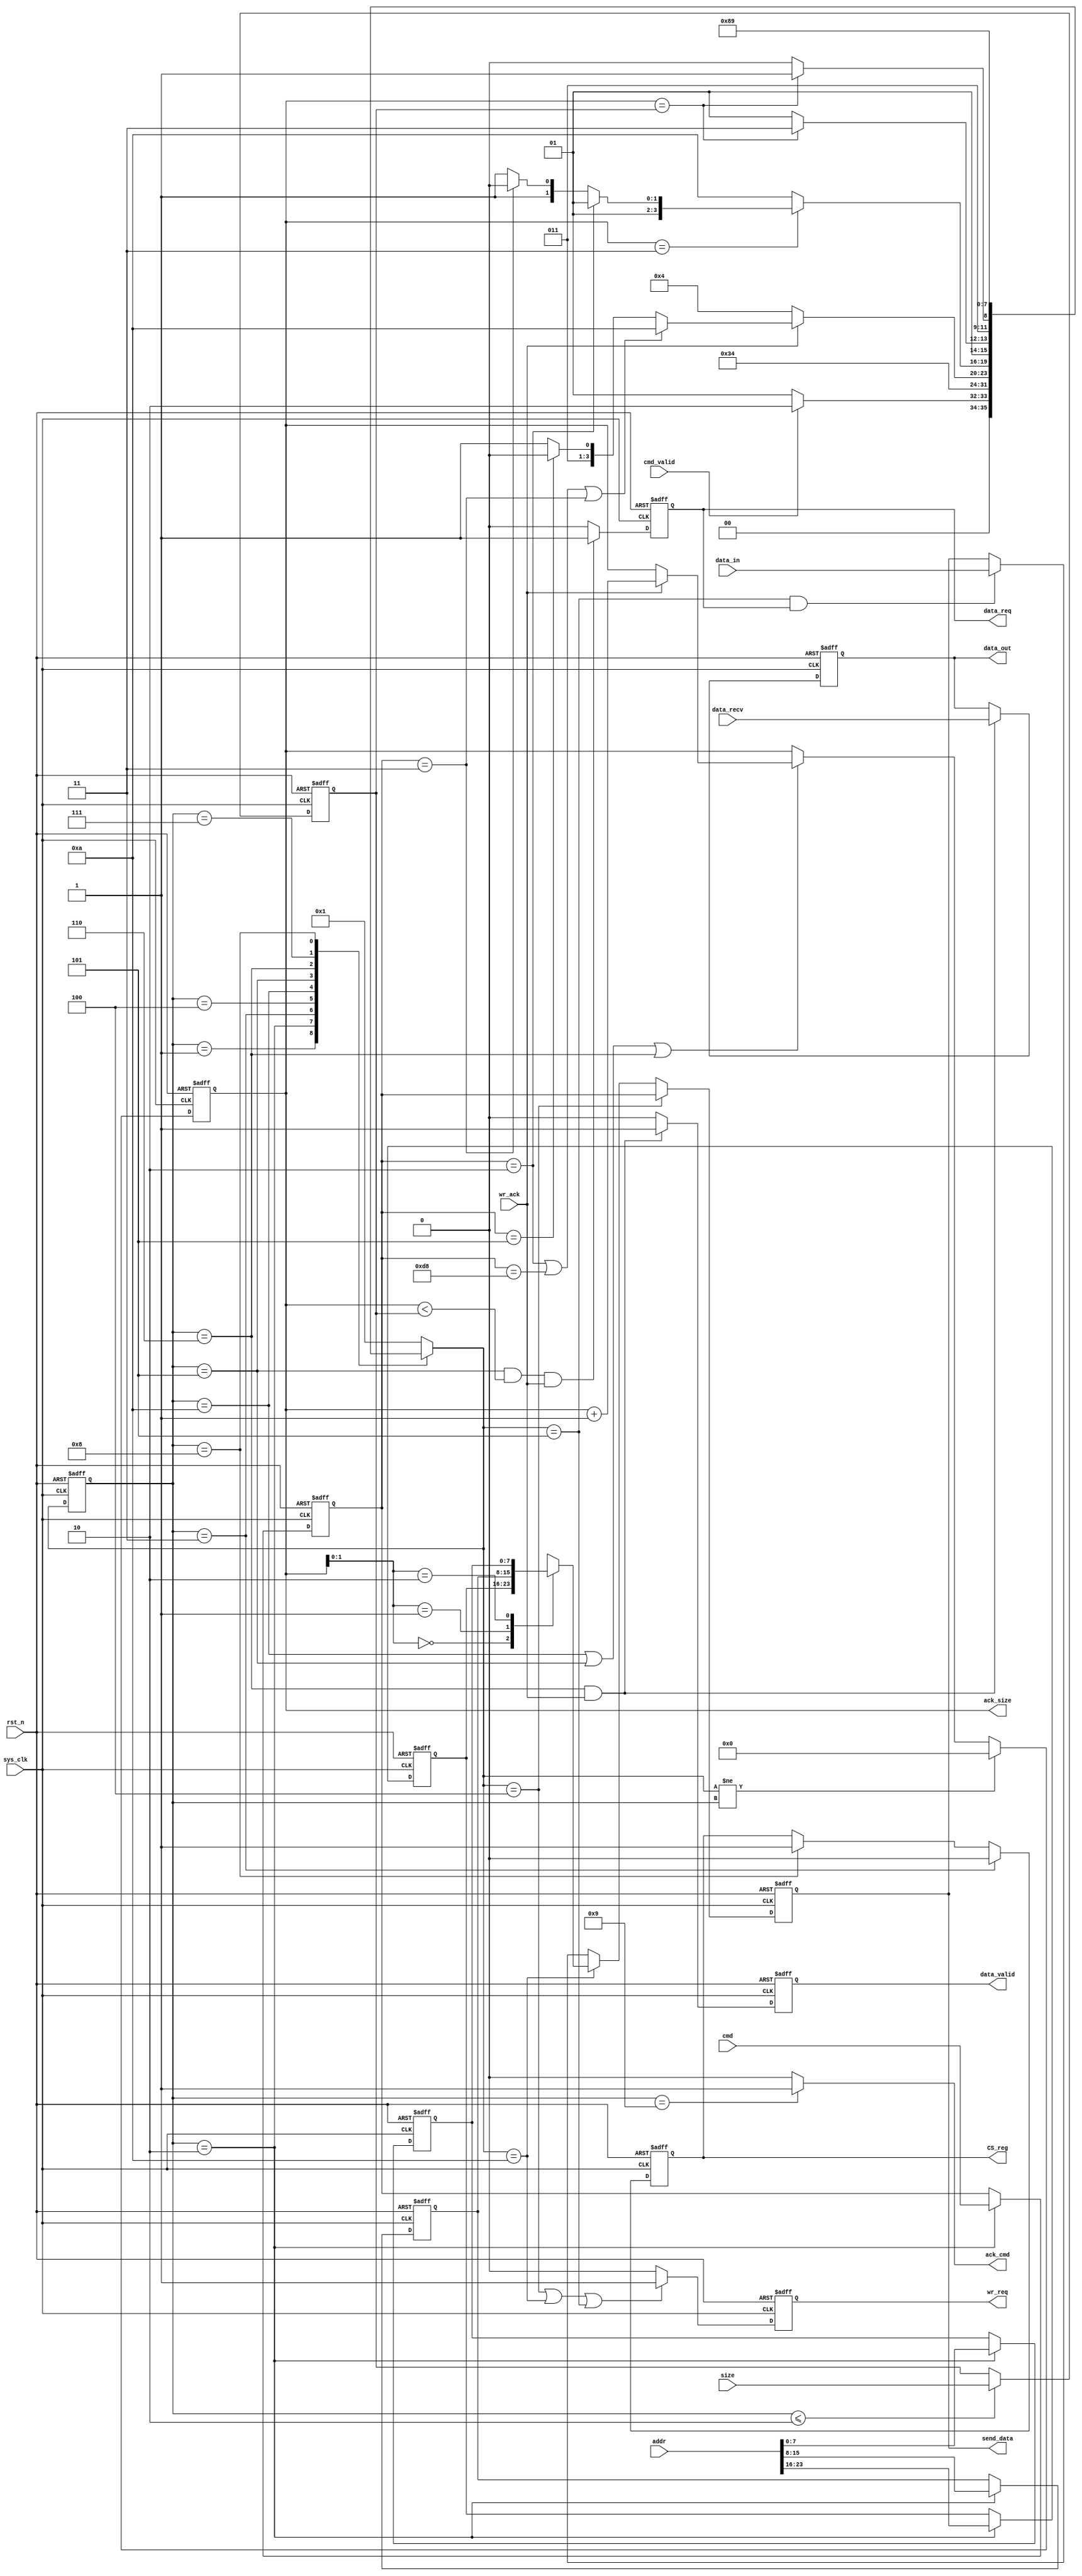
module spi_flash_cmd(
	input sys_clk,
	input rst_n,
	input [7:0] cmd,
	input cmd_valid,
	input [23:0] addr,
	input [7:0] size,
	output [7:0] ack_size,
	input [7:0] data_in,
	output ack_cmd,
	output reg data_req,
	output reg [7:0] data_out,
	output reg data_valid,
	output reg CS_reg,
	output reg wr_req,
	input wr_ack,
	output [7:0] send_data,
	input [7:0] data_recv
);

localparam WREN=8'b0000_0110;
localparam WRDI=8'b0000_0100;
localparam RDSR=8'b0000_0101;
localparam READ=8'b0000_0011;
localparam PP=8'b0000_0010;
localparam SE=8'b1101_1000;
localparam BE=8'b1100_0111;

localparam IDLE=4'd1;
localparam CMD_LATCH=4'd2;
localparam CS_LOW=4'd3;
localparam WR_CMD=4'd4;
localparam WRITE_BYTE= 4'd5;
localparam READ_BYTE=4'd6;
localparam KEEP_CS_LOW=4'd7;
localparam CS_HIGH=4'd8;
localparam CMD_ACK=4'd9;
localparam ADDR_WR=4'd10;

reg [3:0] state;
reg [3:0] next_state;
reg [7:0] cont;
reg [7:0] mysize;
reg [7:0] cmd_code;
reg [7:0] mydata;
reg [7:0] myaddr[2:0];

assign ack_size=cont;
assign ack_cmd=(state==CMD_ACK)? 1'b1:1'b0;
//assign data_valid=(state==READ_BYTE)? wr_ack:1'b0;
assign send_data=mydata;


always @(posedge sys_clk or negedge rst_n)
begin
	if (rst_n==1'b0)
		state<=IDLE;
	else 
		state<=next_state;
end

always @(*)
begin 
	case(state)
	IDLE:
		if (cmd_valid==1'b1)
			next_state<=CMD_LATCH;
		else next_state<=IDLE;
	CMD_LATCH: next_state<=CS_LOW;
	CS_LOW: next_state<=WR_CMD;
	WR_CMD: 
		if (wr_ack==1'b1)
			if (cmd_code==PP || cmd_code==SE || cmd_code==READ)
				next_state<=ADDR_WR;
			else if (cmd_code==RDSR)
				next_state<=READ_BYTE;
			else	next_state<=KEEP_CS_LOW;
		else next_state<=WR_CMD;
	ADDR_WR:
		if (cont==3)
			if (cmd_code==PP)
				next_state<=WRITE_BYTE;
			else if (cmd_code==READ)
				next_state<=READ_BYTE;
			else next_state<=KEEP_CS_LOW;
		else next_state<=ADDR_WR;
	WRITE_BYTE:
		if (cont==mysize)
			next_state<=KEEP_CS_LOW;
		else next_state<=WRITE_BYTE;
	READ_BYTE:
		if (cont==mysize)
			next_state<=KEEP_CS_LOW;
		else next_state<=READ_BYTE;
	KEEP_CS_LOW: next_state<=CS_HIGH;
	CS_HIGH: next_state<=CMD_ACK;
	CMD_ACK: next_state<=IDLE;
	default: next_state<=IDLE;
	endcase
end

always @(posedge sys_clk or negedge rst_n)
begin
	if (rst_n==1'b0)
		cont<=8'd0;
	else
		if (next_state!=state)
			cont<=8'd0;
		else 
			if (state==ADDR_WR || state==WRITE_BYTE || state==READ_BYTE)
				if (wr_ack==1'b1)
					cont<=cont+8'd1;
				else cont<=cont;
			else cont<=cont;
end

always @(posedge sys_clk or negedge rst_n)
begin
	if (rst_n==1'b0)
		cmd_code<=8'd0;
	else if (state==CMD_LATCH)
		cmd_code<=cmd;
	else cmd_code<=cmd_code;
end

always @(posedge sys_clk or negedge rst_n)
begin
	if (rst_n==1'b0)
		CS_reg<=1'b1;
	else if (state==CS_LOW)
		CS_reg<=1'b0;
	else if (state==CS_HIGH)
		CS_reg<=1'b1;
	else CS_reg<=CS_reg;
end

always @(posedge sys_clk or negedge rst_n)
begin
	if (rst_n==1'b0)
		mysize<=8'd0;
	else if (state<=CMD_LATCH)
		mysize<=size;
	else mysize<=mysize;
end

always @(posedge sys_clk or negedge rst_n)
begin
	if (rst_n==1'b0)
		wr_req<=1'b0;
	else if (next_state==WR_CMD || next_state==ADDR_WR || next_state==WRITE_BYTE)
		wr_req<=1'b1;
	else wr_req<=1'b0;
end

always @(posedge sys_clk or negedge rst_n)
begin
	if (rst_n==1'b0)
		data_req<=1'b0;
	else if (state==WRITE_BYTE && cont<mysize && wr_ack==1'b1)
		data_req<=1'b1;
	else data_req<=1'b0;
end

always @(posedge sys_clk or negedge rst_n)
begin
	if (rst_n==1'b0)
		mydata<=8'd0;
	else if (next_state==WR_CMD)
		mydata<=cmd_code;
	else if (next_state==ADDR_WR)
		mydata<=myaddr[cont];
	else if (next_state==WRITE_BYTE && data_req==1'b1)
		mydata<=data_in;
	else mydata<=mydata;
end

always @(posedge sys_clk or negedge rst_n)
begin
	if (rst_n==1'b0)
	begin
		myaddr[0]=0;
		myaddr[1]=0;
		myaddr[2]=0;
	end
	else if (state==CMD_LATCH)
		begin
			myaddr[0]=addr[23:16];
			myaddr[1]=addr[15:8];
			myaddr[2]=addr[7:0];
		end
	else
	begin
		myaddr[0]=myaddr[0];
		myaddr[1]=myaddr[1];
		myaddr[2]=myaddr[2];
	end
end

always @(posedge sys_clk or negedge rst_n)
begin
	if (rst_n==1'b0)
	begin
		data_out<=8'h11;
		data_valid<=1'b0;
	end
	else if (state==READ_BYTE && wr_ack==1'b1)
	begin
		data_out<=data_recv;
		data_valid<=1'b1;
	end
	else 
	begin
		data_out<=data_out;
		data_valid<=1'b0;
	end
end

endmodule